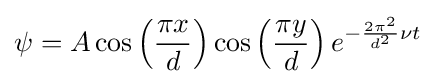
\psi =A\cos \left({\frac {\pi x}{d}}\right)\cos \left({\frac {\pi y}{d}}\right)e^{-{\frac {2\pi ^{2}}{d^{2}}}\nu t}